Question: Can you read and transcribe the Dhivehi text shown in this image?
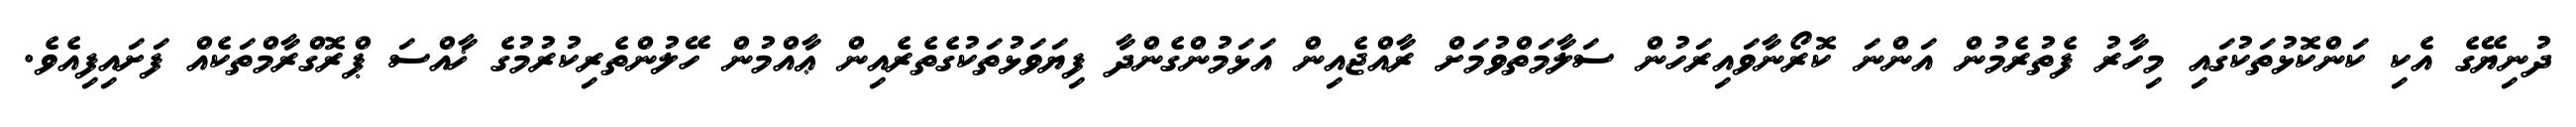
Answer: ދުނިޔޭގެ އެކި ކަންކޮޅުތަކުގައި މިހާރު ފެތުރެމުން އަންނަ ކޮރޯނާވައިރަހުން ސަލާމަތްވުމަށް ރާއްޖެއިން އަޅަމުންގެންދާ ފިޔަވަޅުތަކުގެތެރެއިން ޢާއްމުން ހޭލުންތެރިކުރުމުގެ ޚާއްސަ ޕްރޮގްރާމްތަކެއް ފަށައިފިއެވެ.